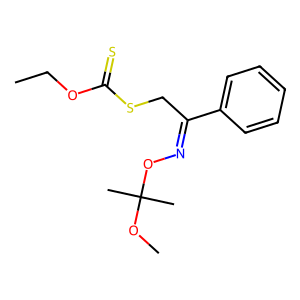
SMILES: CCOC(=S)SCC(=NOC(C)(C)OC)c1ccccc1
Inhibits HIV replication: No